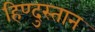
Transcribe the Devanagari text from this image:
हिण्दुस्तान